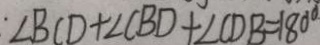
\angle B C D + \angle C B D + \angle C D B = 1 8 0 ^ { \circ }